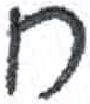
אות: ח